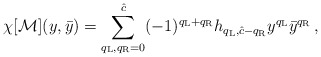
\begin{align*}\chi[{\cal M}](y,\bar y)=\sum_{q_{\rm L},q_{\rm R}=0}^{\hat c} (-1)^{q_{\rm L}+q_{\rm R}}h_{q_{\rm L},\hat c-q_{\rm R}}y^{q_{\rm L}}\bar y^{q_{\rm R}}\,,\end{align*}